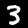
Digit: 3